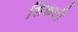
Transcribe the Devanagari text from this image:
सिकची